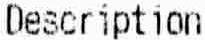
DESCRIPTION